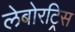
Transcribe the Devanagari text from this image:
लेबोरट्रिस